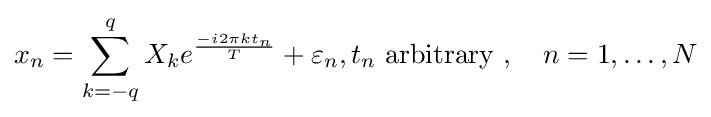
x_{n}=\sum _{k=-q}^{q}X_{k}e^{\frac {-i2\pi kt_{n}}{T}}+\varepsilon _{n},t_{n}{\text{ arbitrary }},\quad n=1,\dots ,N